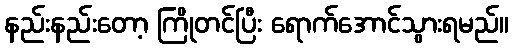
နည်းနည်းတော့ ကြိုတင်ပြီး ရောက်အောင်သွားရမည်။